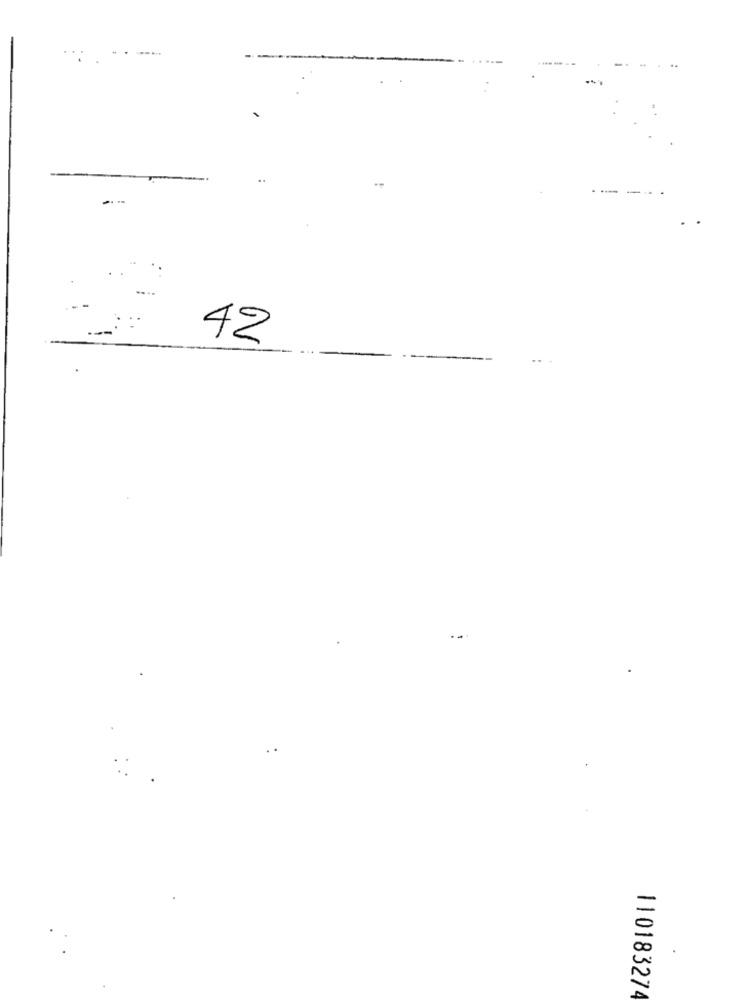
..
--
42
110183274